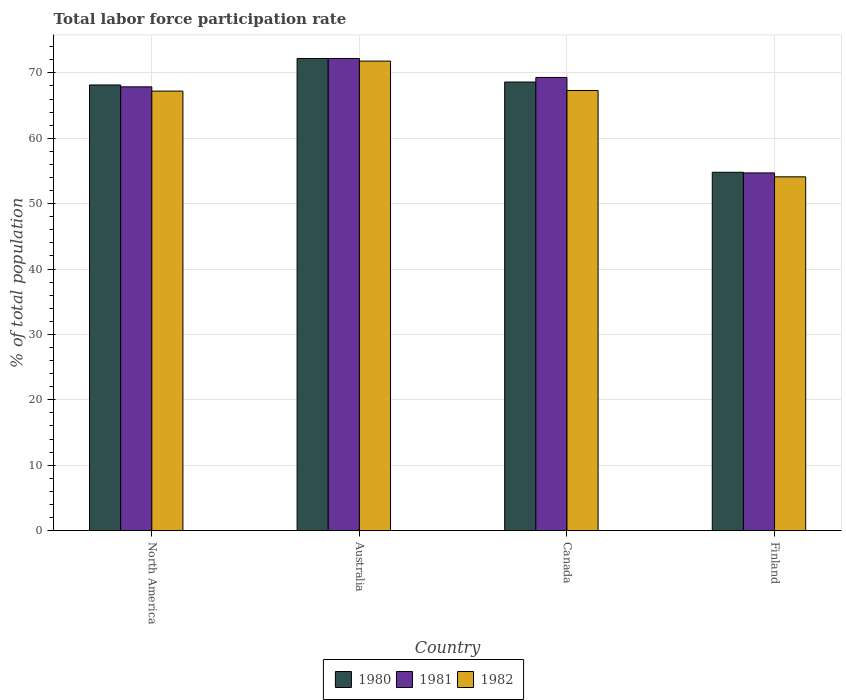
| Country | 1980 | 1981 | 1982 |
 | --- | --- | --- | --- |
 | North America | 68.2 | 67.9 | 67.2 |
 | Australia | 72.2 | 72.2 | 71.8 |
 | Canada | 68.6 | 69.3 | 67.3 |
 | Finland | 54.8 | 54.7 | 54.1 |